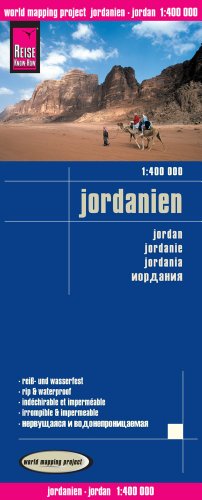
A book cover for Jordan Travel Map (Jordanien) 1:400 000. Waterproof.; Reise Know-How Verlag; Travel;